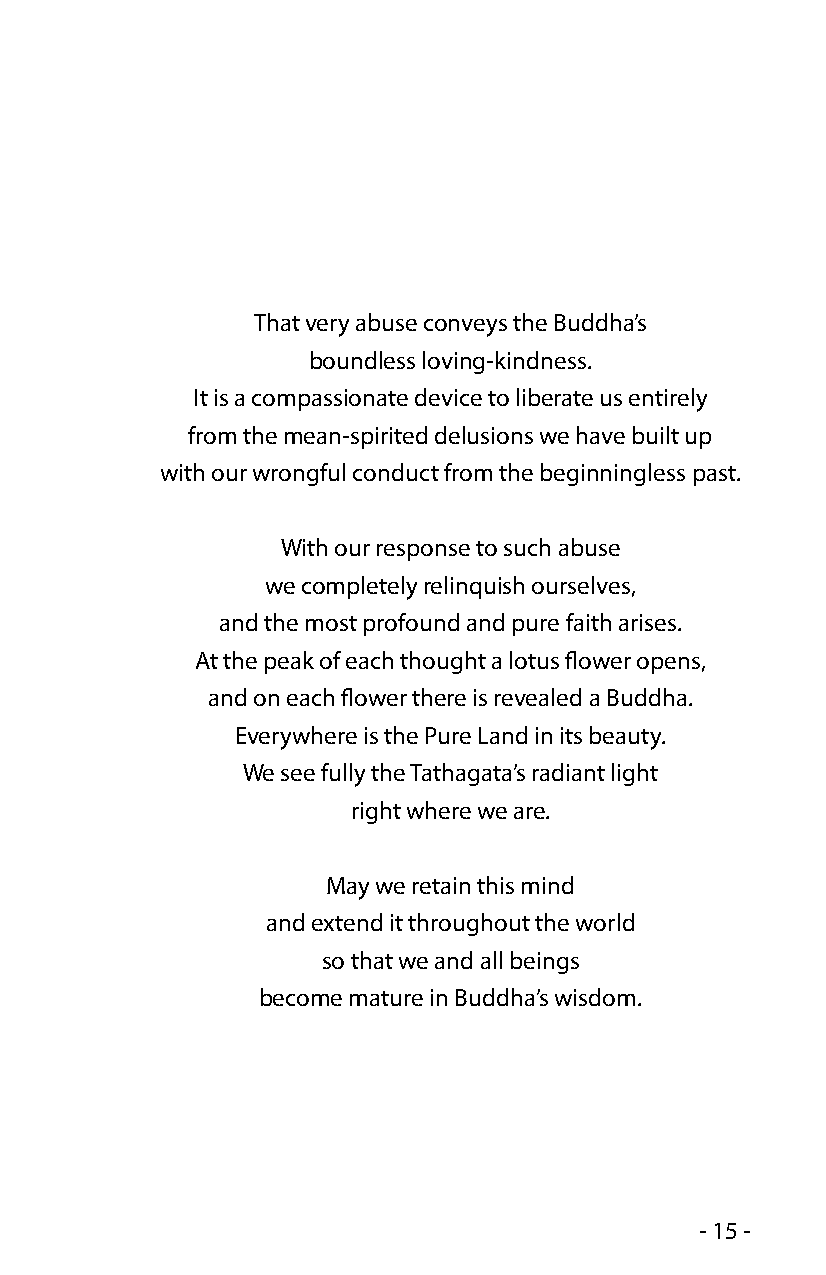
That very abuse conveys the Buddha’s
 boundless loving-kindness.
 It is a compassionate device to liberate us entirely
 from the mean-spirited delusions we have built up
 with our wrongful conduct from the beginningless past.
 With our response to such abuse
 we completely relinquish ourselves,
 and the most profound and pure faith arises.
 At the peak of each thought a lotus flower opens,
 and on each flower there is revealed a Buddha.
 Everywhere is the Pure Land in its beauty.
 We see fully the Tathagata’s radiant light
 right where we are.
 May we retain this mind
 and extend it throughout the world
 so that we and all beings
 become mature in Buddha’s wisdom.
 - 15 -